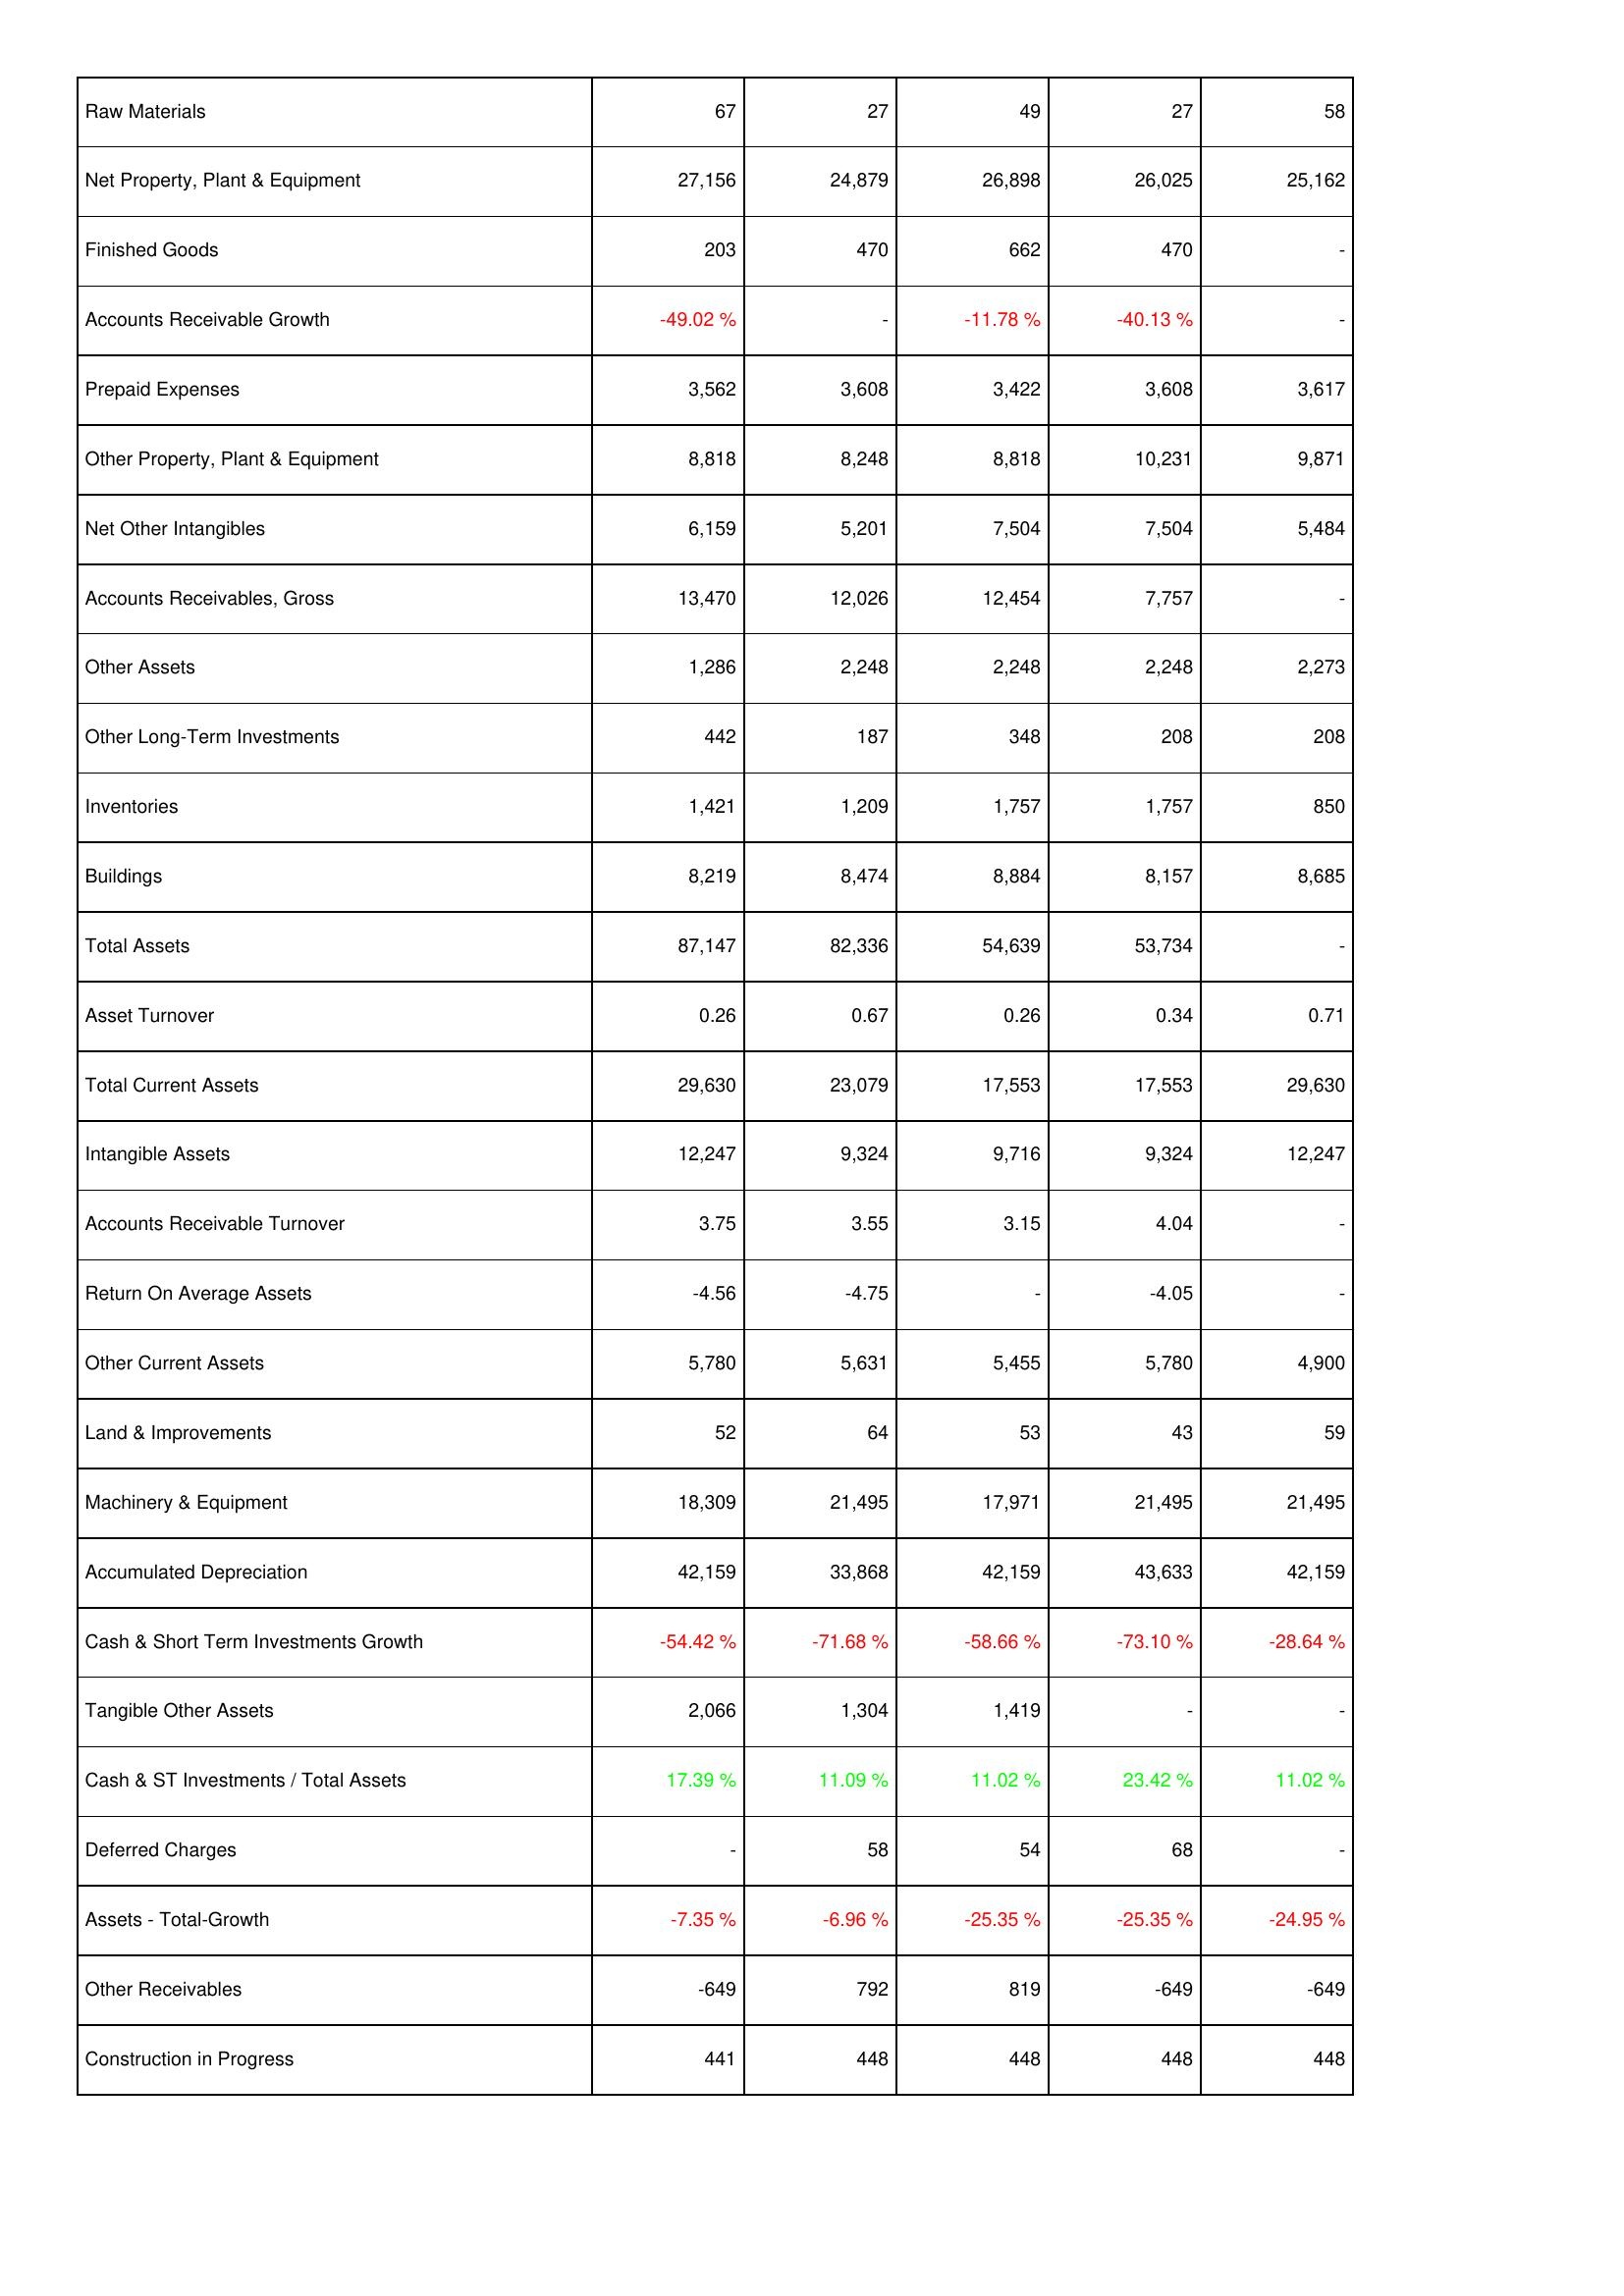
2010: Assets: Raw Materials: 67
Net Property, Plant & Equipment: 27,156
Finished Goods: 203
Accounts Receivable Growth: -49.02 %
Prepaid Expenses: 3,562
Other Property, Plant & Equipment: 8,818
Net Other Intangibles: 6,159
Accounts Receivables, Gross: 13,470
Other Assets: 1,286
Other Long-Term Investments: 442
Inventories: 1,421
Buildings: 8,219
Total Assets: 87,147
Asset Turnover: 0.26
Total Current Assets: 29,630
Intangible Assets: 12,247
Accounts Receivable Turnover: 3.75
Return On Average Assets: -4.56
Other Current Assets: 5,780
Land & Improvements: 52
Machinery & Equipment: 18,309
Accumulated Depreciation: 42,159
Cash & Short Term Investments Growth: -54.42 %
Tangible Other Assets: 2,066
Cash & ST Investments / Total Assets: 17.39 %
Deferred Charges: -
Assets - Total-Growth: -7.35 %
Other Receivables: -649
Construction in Progress: 441
2009: Assets: Raw Materials: 27
Net Property, Plant & Equipment: 24,879
Finished Goods: 470
Accounts Receivable Growth: -
Prepaid Expenses: 3,608
Other Property, Plant & Equipment: 8,248
Net Other Intangibles: 5,201
Accounts Receivables, Gross: 12,026
Other Assets: 2,248
Other Long-Term Investments: 187
Inventories: 1,209
Buildings: 8,474
Total Assets: 82,336
Asset Turnover: 0.67
Total Current Assets: 23,079
Intangible Assets: 9,324
Accounts Receivable Turnover: 3.55
Return On Average Assets: -4.75
Other Current Assets: 5,631
Land & Improvements: 64
Machinery & Equipment: 21,495
Accumulated Depreciation: 33,868
Cash & Short Term Investments Growth: -71.68 %
Tangible Other Assets: 1,304
Cash & ST Investments / Total Assets: 11.09 %
Deferred Charges: 58
Assets - Total-Growth: -6.96 %
Other Receivables: 792
Construction in Progress: 448
2008: Assets: Raw Materials: 49
Net Property, Plant & Equipment: 26,898
Finished Goods: 662
Accounts Receivable Growth: -11.78 %
Prepaid Expenses: 3,422
Other Property, Plant & Equipment: 8,818
Net Other Intangibles: 7,504
Accounts Receivables, Gross: 12,454
Other Assets: 2,248
Other Long-Term Investments: 348
Inventories: 1,757
Buildings: 8,884
Total Assets: 54,639
Asset Turnover: 0.26
Total Current Assets: 17,553
Intangible Assets: 9,716
Accounts Receivable Turnover: 3.15
Return On Average Assets: -
Other Current Assets: 5,455
Land & Improvements: 53
Machinery & Equipment: 17,971
Accumulated Depreciation: 42,159
Cash & Short Term Investments Growth: -58.66 %
Tangible Other Assets: 1,419
Cash & ST Investments / Total Assets: 11.02 %
Deferred Charges: 54
Assets - Total-Growth: -25.35 %
Other Receivables: 819
Construction in Progress: 448
2007: Assets: Raw Materials: 27
Net Property, Plant & Equipment: 26,025
Finished Goods: 470
Accounts Receivable Growth: -40.13 %
Prepaid Expenses: 3,608
Other Property, Plant & Equipment: 10,231
Net Other Intangibles: 7,504
Accounts Receivables, Gross: 7,757
Other Assets: 2,248
Other Long-Term Investments: 208
Inventories: 1,757
Buildings: 8,157
Total Assets: 53,734
Asset Turnover: 0.34
Total Current Assets: 17,553
Intangible Assets: 9,324
Accounts Receivable Turnover: 4.04
Return On Average Assets: -4.05
Other Current Assets: 5,780
Land & Improvements: 43
Machinery & Equipment: 21,495
Accumulated Depreciation: 43,633
Cash & Short Term Investments Growth: -73.10 %
Tangible Other Assets: -
Cash & ST Investments / Total Assets: 23.42 %
Deferred Charges: 68
Assets - Total-Growth: -25.35 %
Other Receivables: -649
Construction in Progress: 448
2006: Assets: Raw Materials: 58
Net Property, Plant & Equipment: 25,162
Finished Goods: -
Accounts Receivable Growth: -
Prepaid Expenses: 3,617
Other Property, Plant & Equipment: 9,871
Net Other Intangibles: 5,484
Accounts Receivables, Gross: -
Other Assets: 2,273
Other Long-Term Investments: 208
Inventories: 850
Buildings: 8,685
Total Assets: -
Asset Turnover: 0.71
Total Current Assets: 29,630
Intangible Assets: 12,247
Accounts Receivable Turnover: -
Return On Average Assets: -
Other Current Assets: 4,900
Land & Improvements: 59
Machinery & Equipment: 21,495
Accumulated Depreciation: 42,159
Cash & Short Term Investments Growth: -28.64 %
Tangible Other Assets: -
Cash & ST Investments / Total Assets: 11.02 %
Deferred Charges: -
Assets - Total-Growth: -24.95 %
Other Receivables: -649
Construction in Progress: 448